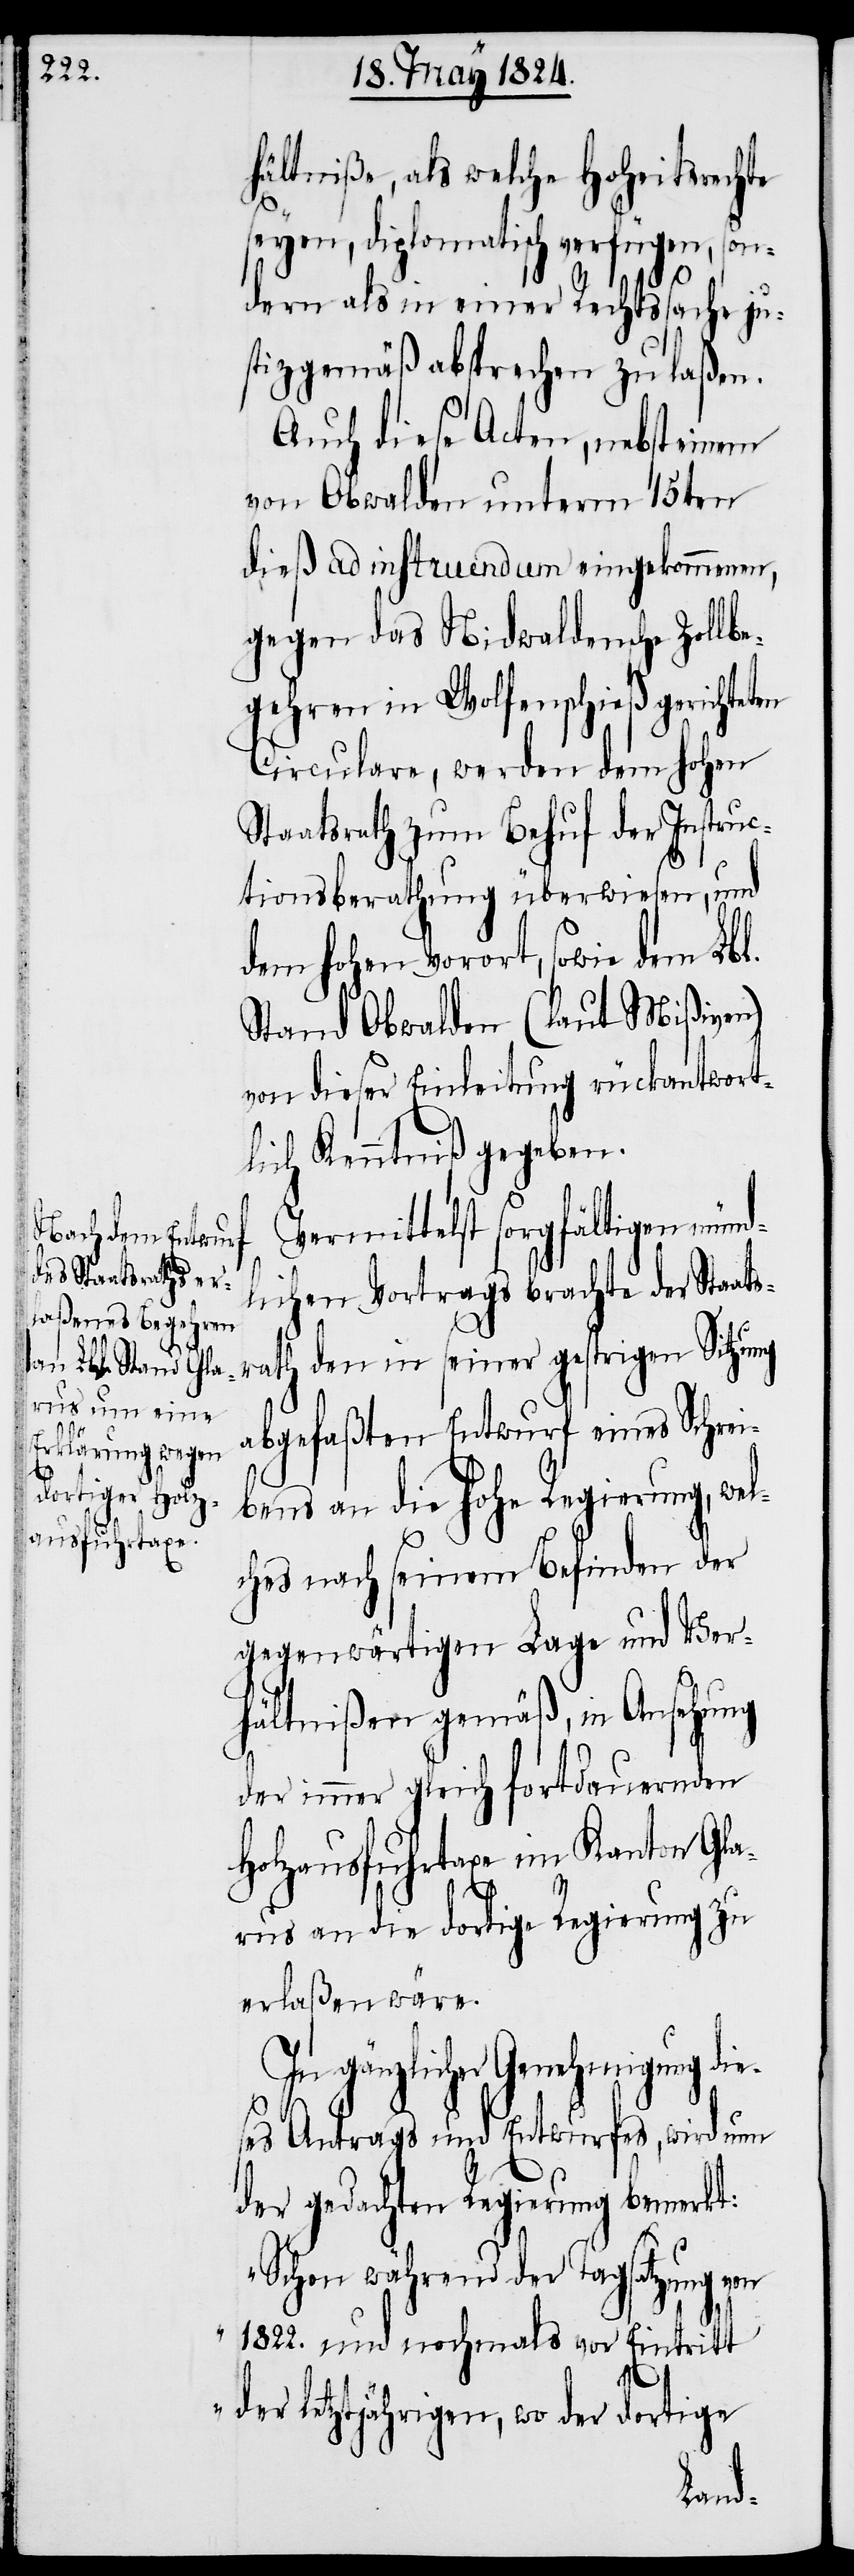
hältniße, als welche Hoheitsrechte
seyen, diplomatisch verfügen, son¬
dern als in einer Rechtssache ju¬
stizgemäß absprechen zu laßen.
Auch diese Acten, nebst einem
von Obwalden unterm 15ten
dieß ad instruendum eingekommen,
gegen das Nidwaldensche Zollb¬
egehren in Wolfenschieß gerichteten
Circulare, werden dem hohen
Staatsrath zum Behuf der Instruc¬
tionsberathung überwiesen, und
dem hohen Vorort, sowie dem Lbl.
Stand Obwalden (laut Mißiven)
von dieser Einleitung rückantwort¬
lich Kenntniß gegeben.
Vermittelst sorgfältigen münd¬
lichen Vortrags brachte der Staat¬
srath den in seiner gestrigen Sitzung
abgefaßten Entwurf eines Schrei¬
bens an die hohe Regierung, wel¬
ches nach seinem Befinden der
gegenwärtigen Lage und Ver¬
hältnißen gemäß, in Ansehung
der immer gleich fortdauernden
Holzausfuhrtaxe im Kanton Gla¬
rus an die dortige Regierung zu
erlaßen wäre.
In gänzlicher Genehmigung die¬
ses Antrags und Entwurfes, wird nun
der gedachten Regierung bemerkt:
„Schon während der Tagsatzung von
1822. und nochmals vor Eintritt
der letztjährigen, wo der dortige